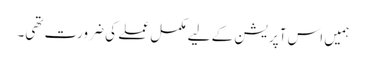
ہمیں اس آپریشن کے لیے مکمل عملے کی ضرورت تھی۔